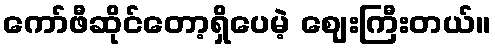
ကော်ဖီဆိုင်တော့ရှိပေမဲ့ ဈေးကြီးတယ်။